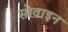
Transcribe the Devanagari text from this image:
सोवाइन